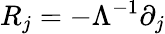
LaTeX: R_{j}=-\Lambda^{-1}\partial_{j}